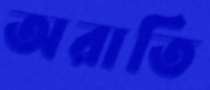
অরাতি